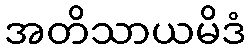
အတိသာယမိဒံ